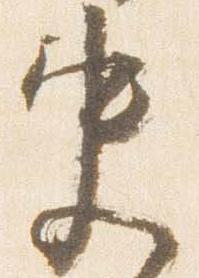
史